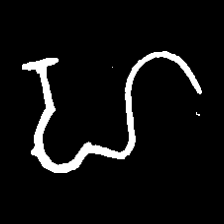
Pyu character \u2014 Myanmar letter: ဟ (romanized: ha)